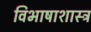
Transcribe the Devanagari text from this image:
विभाषाशास्त्र